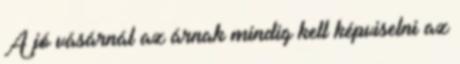
A jó vásárnál az árnak mindig kell képviselni az